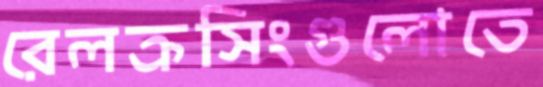
রেলক্রসিংগুলোতে